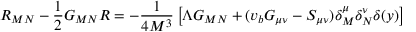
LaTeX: R _ { M N } - \frac { 1 } { 2 } G _ { M N } R = - \frac { 1 } { 4 M ^ { 3 } } \left[ \Lambda G _ { M N } + ( v _ { b } G _ { \mu \nu } - S _ { \mu \nu } ) \delta _ { M } ^ { \mu } \delta _ { N } ^ { \nu } \delta ( y ) \right]